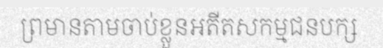
ព្រមានតាមចាប់ខ្លួនអតីតសកម្មជនបក្ស